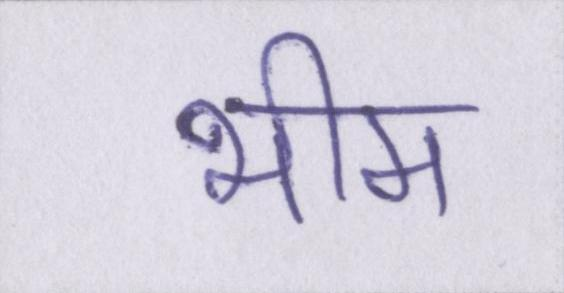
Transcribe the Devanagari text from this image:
भीम